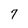
Character: 7